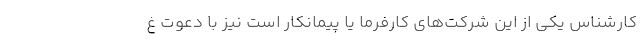
کارشناس یکی از این شرکت‌های کارفرما یا پیمانکار است نیز با دعوت غ